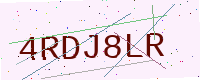
Text: 4RDJ8LR